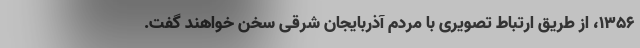
۱۳۵۶، از طریق ارتباط تصویری با مردم آذربایجان شرقی سخن خواهند گفت.